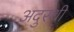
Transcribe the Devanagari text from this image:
अदुरथी